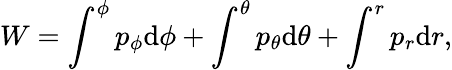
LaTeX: W=\int^{\phi}p_{\phi}\mathrm{d}\phi+\int^{\theta}p_{\theta}\mathrm{d}\theta+\int^{r}p_{r}\mathrm{d}r,